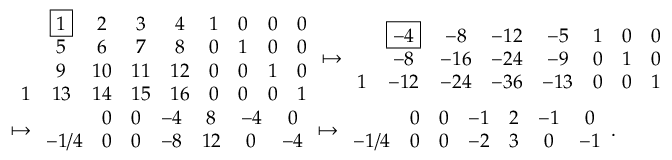
\begin{array} { r l } & { \begin{array} { c c c c c c c c c } & { \boxed { 1 } } & { 2 } & { 3 } & { 4 } & { 1 } & { 0 } & { 0 } & { 0 } \\ & { 5 } & { 6 } & { 7 } & { 8 } & { 0 } & { 1 } & { 0 } & { 0 } \\ & { 9 } & { 1 0 } & { 1 1 } & { 1 2 } & { 0 } & { 0 } & { 1 } & { 0 } \\ { 1 } & { 1 3 } & { 1 4 } & { 1 5 } & { 1 6 } & { 0 } & { 0 } & { 0 } & { 1 } \end{array} \mapsto \begin{array} { c c c c c c c c } & { \boxed { - 4 } } & { - 8 } & { - 1 2 } & { - 5 } & { 1 } & { 0 } & { 0 } \\ & { - 8 } & { - 1 6 } & { - 2 4 } & { - 9 } & { 0 } & { 1 } & { 0 } \\ { 1 } & { - 1 2 } & { - 2 4 } & { - 3 6 } & { - 1 3 } & { 0 } & { 0 } & { 1 } \end{array} } \\ & { \mapsto \begin{array} { c c c c c c c } & { 0 } & { 0 } & { - 4 } & { 8 } & { - 4 } & { 0 } \\ { - 1 / 4 } & { 0 } & { 0 } & { - 8 } & { 1 2 } & { 0 } & { - 4 } \end{array} \mapsto \begin{array} { c c c c c c c } & { 0 } & { 0 } & { - 1 } & { 2 } & { - 1 } & { 0 } \\ { - 1 / 4 } & { 0 } & { 0 } & { - 2 } & { 3 } & { 0 } & { - 1 } \end{array} . } \end{array}